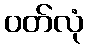
ဝတ်လုံ